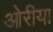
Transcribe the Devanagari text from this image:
ओरीया